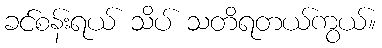
ခင်စန်းရယ် သိပ် သတိရတယ်ကွယ်။